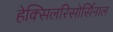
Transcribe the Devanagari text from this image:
हेक्सिलरिसोर्सिनाल